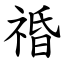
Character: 䄑